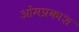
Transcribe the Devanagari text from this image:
ओंमप्रकाश